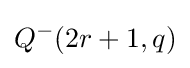
Q^{-}(2r+1,q)